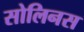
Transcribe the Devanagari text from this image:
सोलिनस